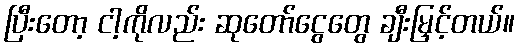
ပြီးတော့ ငါ့ကိုလည်း ဆုတော်ငွေတွေ ချီးမြှင့်တယ်။